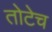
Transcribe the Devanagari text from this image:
तोटेच